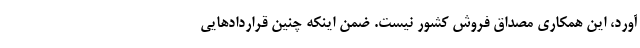
آورد، این همکاری مصداق فروش کشور نیست. ضمن اینکه چنین قراردادهایی